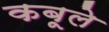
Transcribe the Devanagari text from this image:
कबूले